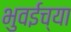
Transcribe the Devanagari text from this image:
भुवईच्या